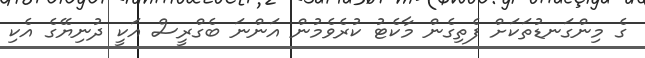
ގެ މިންގަނޑުތަކަށް ފެތިގެން މާކެޓު ކުރެވެމުން އަންނަ ބެގްރީސް އަކީ ދުނިޔޭގެ އެކި